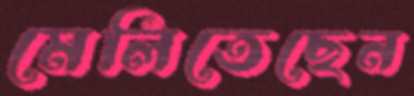
মেলিতেছেন